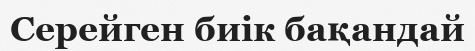
Серейген биік бақандай